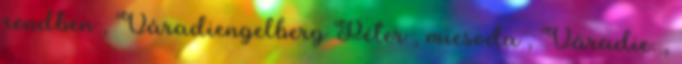
rendben , Váradiengelberg Péter , micsoda , Váradie. ,